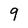
Character: 9